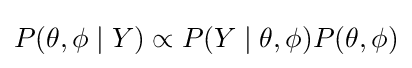
P(\theta ,\phi \mid Y)\propto P(Y\mid \theta ,\phi )P(\theta ,\phi )